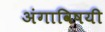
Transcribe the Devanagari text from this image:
अंगाविषयी